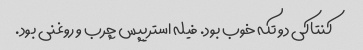
کنتاکی دو تکه خوب بود. فیله استریپس چرب و روغنی بود.